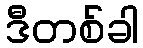
ဒီတစ်ခါ